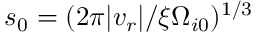
s _ { 0 } = ( 2 \pi | v _ { r } | / \xi \Omega _ { i 0 } ) ^ { 1 / 3 }